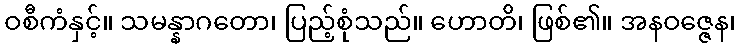
ဝစီကံနှင့်။ သမန္နာဂတော၊ ပြည့်စုံသည်။ ဟောတိ၊ ဖြစ်၏။ အနဝဇ္ဇေန၊